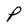
Character: P